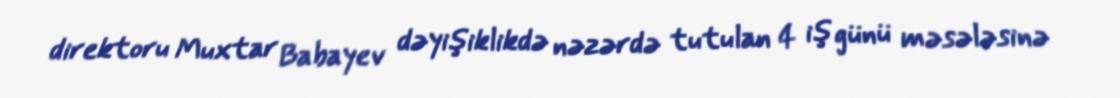
direktoru Muxtar Babayev dəyişiklikdə nəzərdə tutulan 4 iş günü məsələsinə